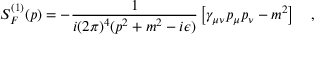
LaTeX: S _ { F } ^ { ( 1 ) } ( p ) = - \frac { 1 } { i ( 2 \pi ) ^ { 4 } ( p ^ { 2 } + m ^ { 2 } - i \epsilon ) } \left[ \gamma _ { \mu \nu } p _ { \mu } p _ { \nu } - m ^ { 2 } \right] \quad ,